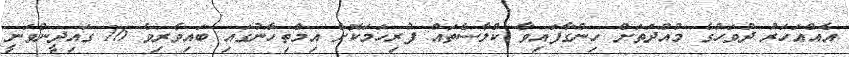
އެއްއަހަރު ދުވަހުގެ މުއްދަތަށް ހިންގާފައިވާ ކްލާސްތައް ފުރިހަމަކޮށް އިމްތިހާނުގައި ބައިވެރިވެ 16 ގައިދީންވަނީ